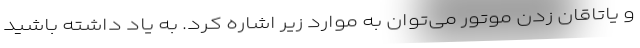
و یاتاقان زدن موتور می‌توان به موارد زیر اشاره کرد. به یاد داشته باشید